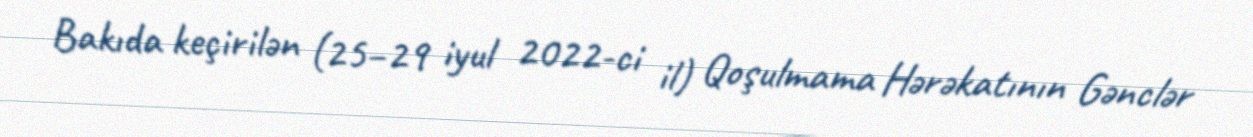
Bakıda keçirilən (25–29 iyul 2022-ci il) Qoşulmama Hərəkatının Gənclər